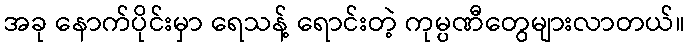
အခု နောက်ပိုင်းမှာ ရေသန့် ရောင်းတဲ့ ကုမ္ပဏီတွေများလာတယ်။